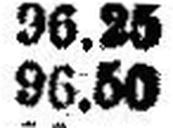
96.50